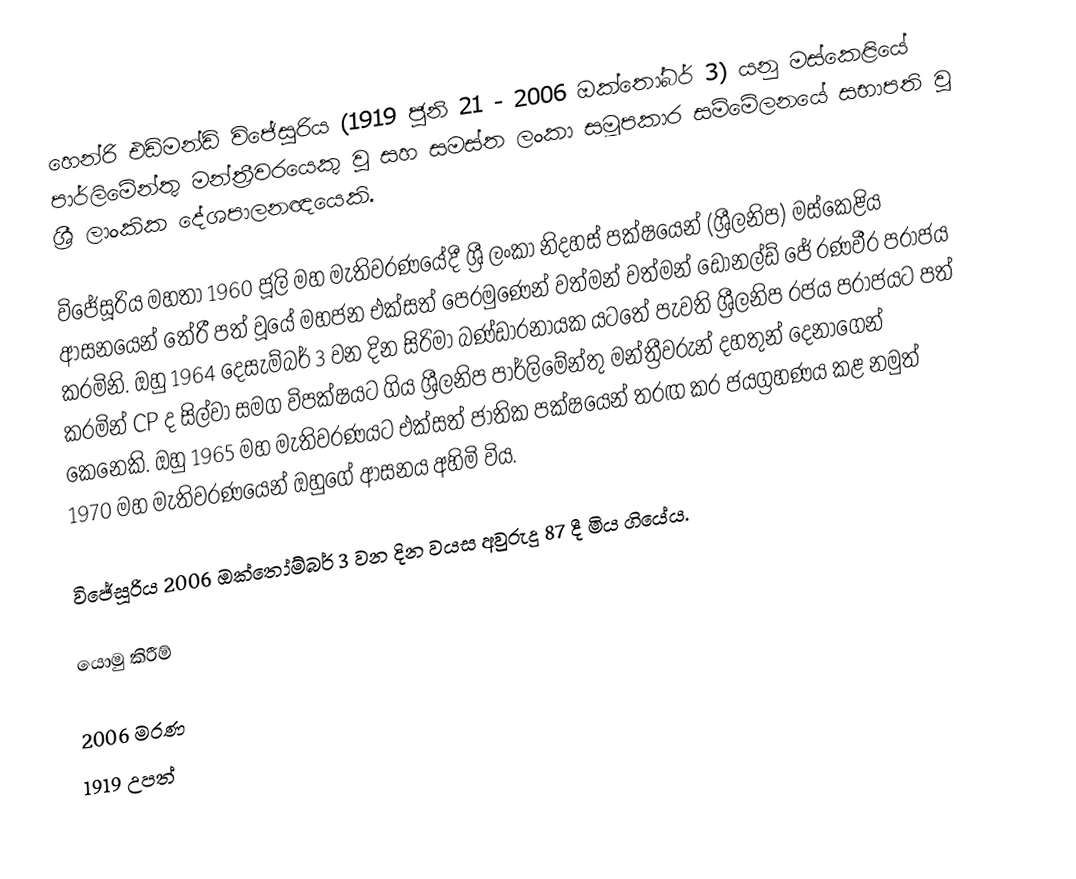
හෙන්රි එඩ්මන්ඩ් විජේසූරිය (1919 ජූනි 21 - 2006 ඔක්තෝබර් 3) යනු මස්කෙළියේ පාර්ලිමේන්තු මන්ත්‍රීවරයෙකු වූ සහ සමස්ත ලංකා සමූපකාර සම්මේලනයේ සභාපති වූ ශ්‍රී ලාංකික දේශපාලනඥයෙකි.

විජේසූරිය මහතා 1960 ජූලි මහ මැතිවරණයේදී ශ්‍රී ලංකා නිදහස් පක්ෂයෙන් (ශ්‍රීලනිප) මස්කෙළිය ආසනයෙන් තේරී පත් වූයේ මහජන එක්සත් පෙරමුණෙන් වත්මන් වත්මන් ඩොනල්ඩ් ජේ රණවීර පරාජය කරමිනි. ඔහු 1964 දෙසැම්බර් 3 වන දින සිරිමා බණ්ඩාරනායක යටතේ පැවති ශ්‍රීලනිප රජය පරාජයට පත් කරමින් CP ද සිල්වා සමග විපක්ෂයට ගිය ශ්‍රීලනිප පාර්ලිමේන්තු මන්ත්‍රීවරුන් දහතුන් දෙනාගෙන් කෙනෙකි. ඔහු 1965 මහ මැතිවරණයට එක්සත් ජාතික පක්ෂයෙන් තරඟ කර ජයග්‍රහණය කළ නමුත් 1970 මහ මැතිවරණයෙන් ඔහුගේ ආසනය අහිමි විය.

විජේසූරිය 2006 ඔක්තෝම්බර් 3 වන දින වයස අවුරුදු 87 දී මිය ගියේය.

යොමු කිරීම්

2006 මරණ
1919 උපත්